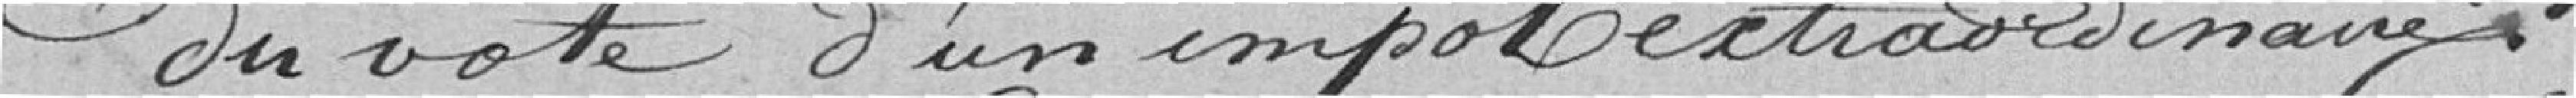
du vote d'un impôt extraordinaire.